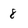
Character: 8